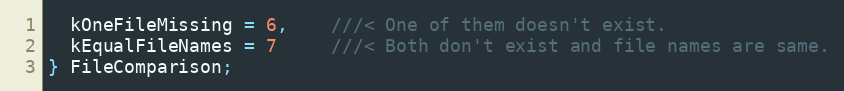
Language: C
  kOneFileMissing = 6,    ///< One of them doesn't exist.
  kEqualFileNames = 7     ///< Both don't exist and file names are same.
} FileComparison;